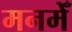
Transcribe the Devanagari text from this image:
मनमेँ